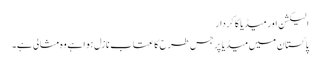
الیکشن اور میڈیا کا کردار
پاکستان میں میڈیا پر جس طرح کا عتاب نازل ہوا ہے وہ مثالی ہے۔